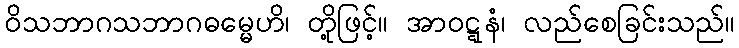
ဝိသဘာဂသဘာဂဓမ္မေဟိ၊ တို့ဖြင့်။ အာဝဋ္ဋနံ၊ လည်စေခြင်းသည်။